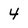
Character: 4